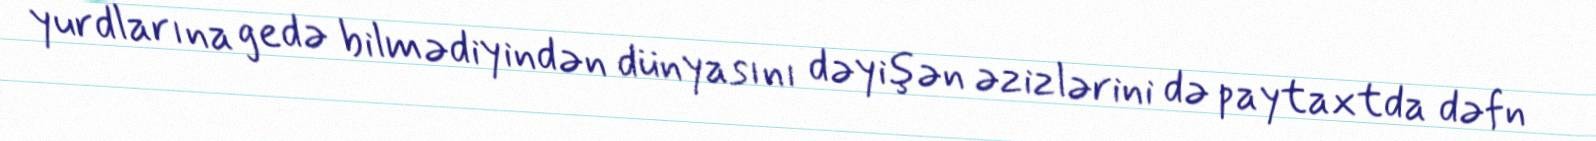
yurdlarına gedə bilmədiyindən dünyasını dəyişən əzizlərini də paytaxtda dəfn